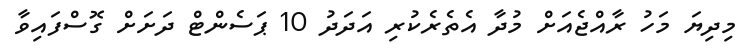
މިދިޔަ މަހު ރާއްޖެއަށް މުދާ އެތެރެކުރި އަދަދު 10 ޕަސެންޓް ދަށަށް ގޮސްފައިވާ